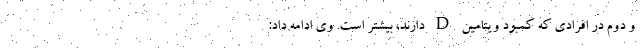
و دوم در افرادی که کمبود ویتامین D دارند، بیشتر است. وی ادامه داد: